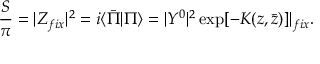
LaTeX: { \frac { S } { \pi } } = | Z _ { f i x } | ^ { 2 } = i \langle \bar { \Pi } | \Pi \rangle = | Y ^ { 0 } | ^ { 2 } \exp [ - K ( z , \bar { z } ) ] | _ { f i x } .